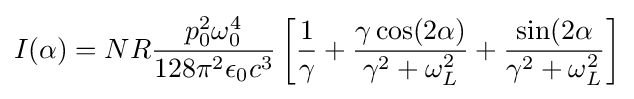
I(\alpha )=NR{\frac {p_{0}^{2}\omega _{0}^{4}}{128\pi ^{2}\epsilon _{0}c^{3}}}\left[{\frac {1}{\gamma }}+{\frac {\gamma \cos(2\alpha )}{\gamma ^{2}+\omega _{L}^{2}}}+{\frac {\sin(2\alpha }{\gamma ^{2}+\omega _{L}^{2}}}\right]